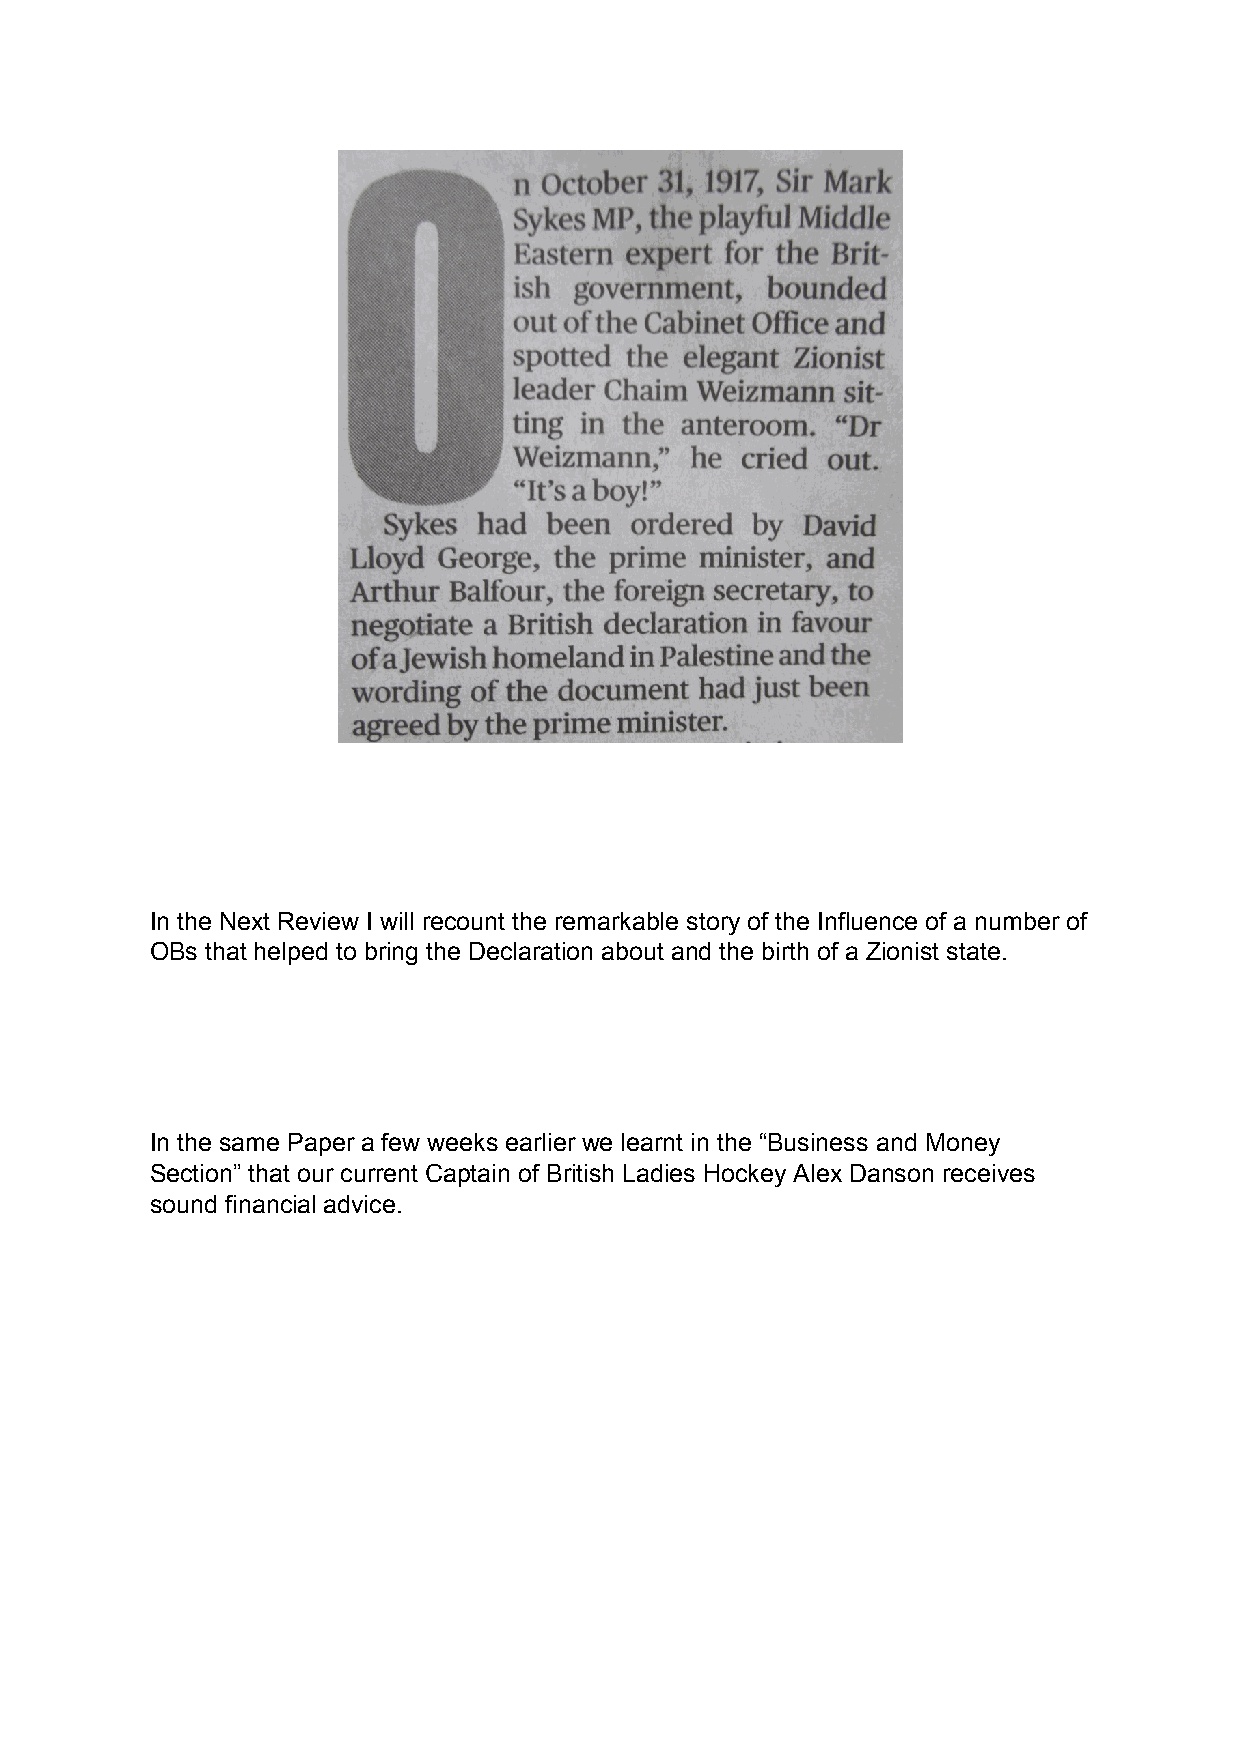
In the Next Review I will recount the remarkable story of the Influence of a number of
 OBs that helped to bring the Declaration about and the birth of a Zionist state.
 In the same Paper a few weeks earlier we learnt in the “Business and Money
 Section” that our current Captain of British Ladies Hockey Alex Danson receives
 sound financial advice.